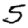
Digit: 5